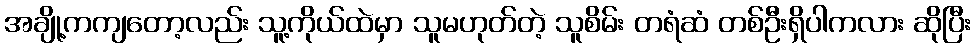
အချို့ကကျတော့လည်း သူ့ကိုယ်ထဲမှာ သူမဟုတ်တဲ့ သူစိမ်း တရံဆံ တစ်ဦးရှိပါကလား ဆိုပြီး